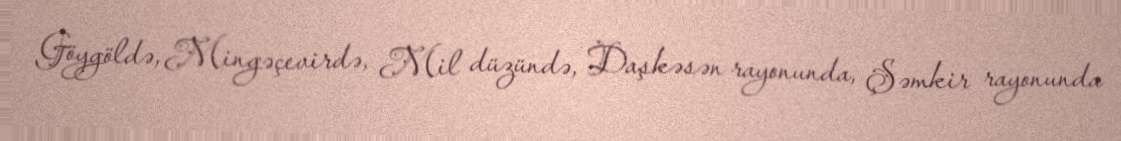
Göygöldə, Mingəçevirdə, Mil düzündə, Daşkəsən rayonunda, Şəmkir rayonunda